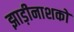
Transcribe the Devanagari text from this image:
झाड़ीनाशकों